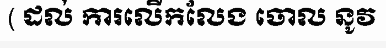
( ដល់ ការលើកលែង ចោល នូវ